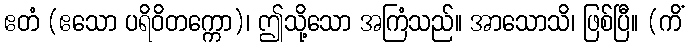
ဧတံ (ဧသော ပရိဝိတက္ကော)၊ ဤသို့သော အကြံသည်။ အာသောသိ၊ ဖြစ်ပြီ။ (ကိံ